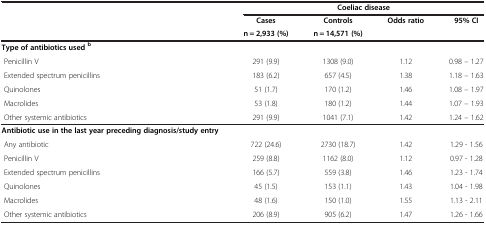
<table><thead><tr><td><b> </b></td><td colspan="4"><b>Coeliac disease</b></td></tr><tr><td><b> </b></td><td><b>Cases</b></td><td><b>Controls</b></td><td><b>Odds ratio</b></td><td><b>95% CI</b></td></tr><tr><td><b> </b></td><td><b>n = 2,933 (%)</b></td><td><b>n = 14,571 (%)</b></td><td><b> </b></td><td><b> </b></td></tr></thead><tbody><tr><td><b>Type of antibiotics used </b><sup><b>b</b></sup></td><td> </td><td> </td><td> </td><td> </td></tr><tr><td> Penicillin V</td><td>291 (9.9)</td><td>1308 (9.0)</td><td>1.12</td><td>0.98 – 1.27</td></tr><tr><td> Extended spectrum penicillins</td><td>183 (6.2)</td><td>657 (4.5)</td><td>1.38</td><td>1.18 – 1.63</td></tr><tr><td> Quinolones</td><td>51 (1.7)</td><td>170 (1.2)</td><td>1.46</td><td>1.08 – 1.97</td></tr><tr><td> Macrolides</td><td>53 (1.8)</td><td>180 (1.2)</td><td>1.44</td><td>1.07 – 1.93</td></tr><tr><td> Other systemic antibiotics</td><td>291 (9.9)</td><td>1041 (7.1)</td><td>1.42</td><td>1.24 – 1.62</td></tr><tr><td><b>Antibiotic use in the last year preceding diagnosis/study entry</b></td><td> </td><td> </td><td> </td><td> </td></tr><tr><td> Any antibiotic</td><td>722 (24.6)</td><td>2730 (18.7)</td><td>1.42</td><td>1.29 - 1.56</td></tr><tr><td> Penicillin V</td><td>259 (8.8)</td><td>1162 (8.0)</td><td>1.12</td><td>0.97 - 1.28</td></tr><tr><td> Extended spectrum penicillins</td><td>166 (5.7)</td><td>559 (3.8)</td><td>1.46</td><td>1.23 - 1.74</td></tr><tr><td> Quinolones</td><td>45 (1.5)</td><td>153 (1.1)</td><td>1.43</td><td>1.04 - 1.98</td></tr><tr><td> Macrolides</td><td>48 (1.6)</td><td>150 (1.0)</td><td>1.55</td><td>1.13 - 2.11</td></tr><tr><td> Other systemic antibiotics</td><td>206 (8.9)</td><td>905 (6.2)</td><td>1.47</td><td>1.26 - 1.66</td></tr></tbody></table>